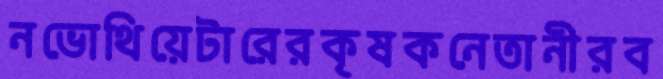
নভোথিয়েটারেরকৃষকনেতানীরব